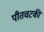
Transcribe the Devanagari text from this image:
पीतचटकी